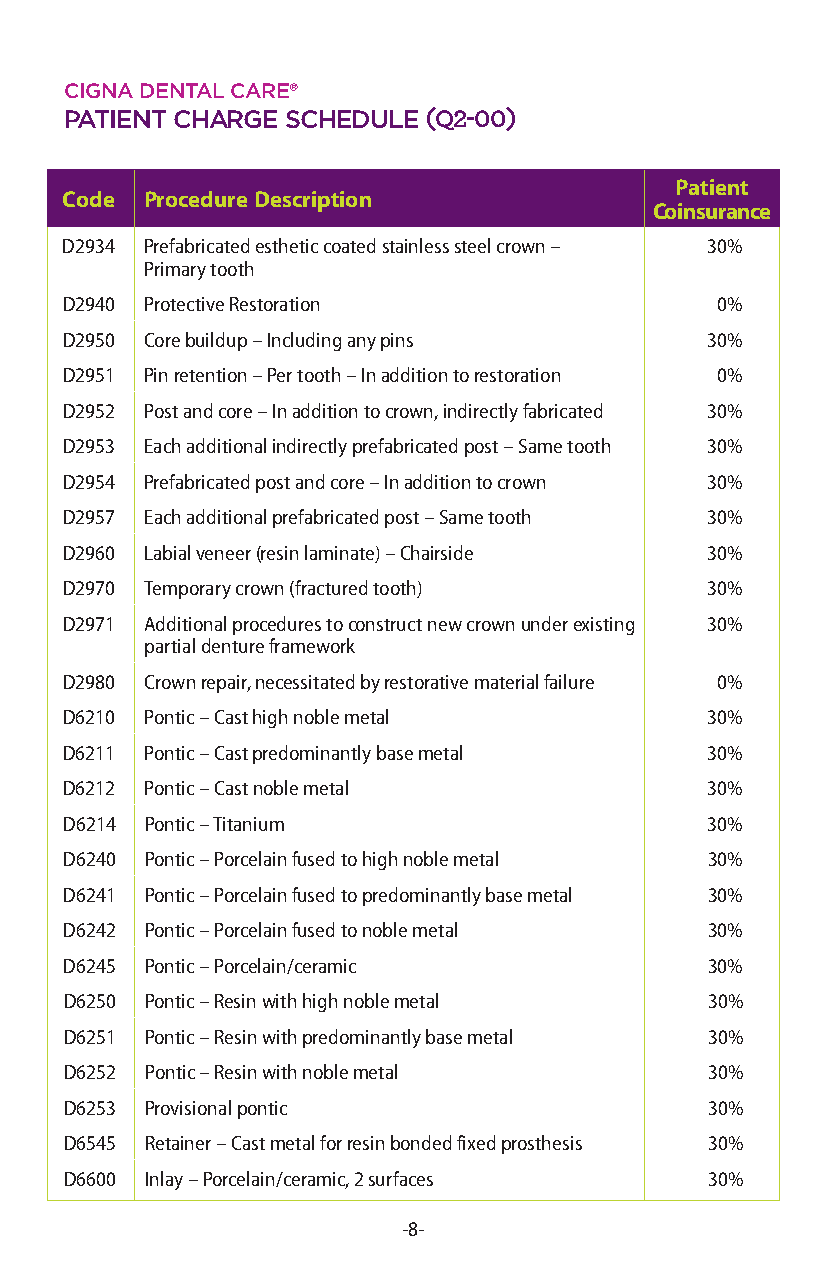
cigna dental care®
 patient cHarge scHedule(Q2-00)
 Patient
 Code  Procedure Description
 Coinsurance
 D2934 Prefabricated esthetic coated stainless steel crown – 30%
 Primary tooth
 D2940 Protective Restoration               0%
 D2950 Core buildup – Including any pins    30%
 D2951 Pin retention – Per tooth – In addition to restoration 0%
 D2952 Post and core – In addition to crown, indirectly fabricated 30%
 D2953 Each additional indirectly prefabricated post – Same tooth 30%
 D2954 Prefabricated post and core – In addition to crown 30%
 D2957 Each additional prefabricated post – Same tooth 30%
 D2960 Labial veneer (resin laminate) – Chairside 30%
 D2970 Temporary crown (fractured tooth)    30%
 D2971 Additional procedures to construct new crown under existing 30%
 partial denture framework
 D2980 Crown repair, necessitated by restorative material failure 0%
 D6210 Pontic – Cast high noble metal       30%
 D6211 Pontic – Cast predominantly base metal 30%
 D6212 Pontic – Cast noble metal            30%
 D6214 Pontic – Titanium                    30%
 D6240 Pontic – Porcelain fused to high noble metal 30%
 D6241 Pontic – Porcelain fused to predominantly base metal 30%
 D6242 Pontic – Porcelain fused to noble metal 30%
 D6245 Pontic – Porcelain/ceramic           30%
 D6250 Pontic – Resin with high noble metal 30%
 D6251 Pontic – Resin with predominantly base metal 30%
 D6252 Pontic – Resin with noble metal      30%
 D6253 Provisional pontic                   30%
 D6545 Retainer – Cast metal for resin bonded fixed prosthesis 30%
 D6600 Inlay – Porcelain/ceramic, 2 surfaces 30%
 -8-